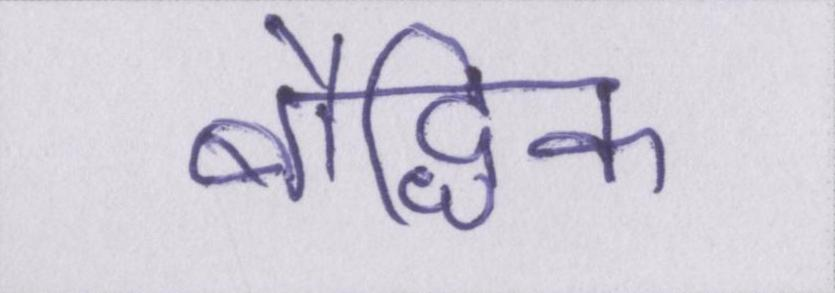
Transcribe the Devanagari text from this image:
बौद्धिक